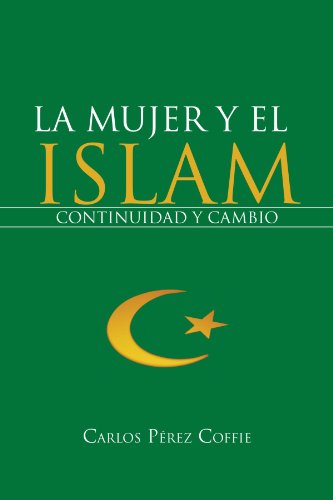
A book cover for La Mujer Y El Islam: Continuidad Y Cambio (Spanish Edition); Carlos PÃ©rez Coffie; Teen & Young Adult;